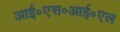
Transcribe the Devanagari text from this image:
आई॰एस॰आई॰एल